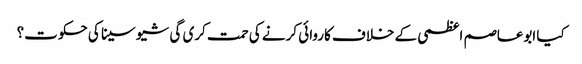
کیا ابوعاصم اعظمی کے خلاف کاروائی کرنے کی حمت کری گی شیو سینا کی حکوت؟